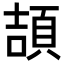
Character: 頡